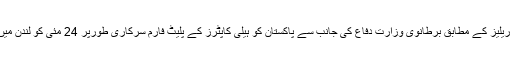
پاکستانی ہائی کمیشن لندنسے جاری پریس ریلیز کے مطابق برطانوی وزارت دفاع کی جانب سے پاکستان کو ہیلی کاپٹرز کے پلیٹ فارم سرکاری طورپر 24 مئی کو لندن میں ایک تقریب کے دوران حوالے کیے گئے۔